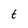
Character: t